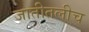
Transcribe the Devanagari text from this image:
जातीतलीच